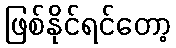
ဖြစ်နိုင်ရင်တော့